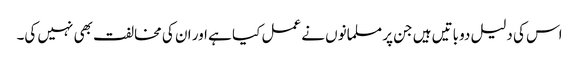
اس کی دلیل دو باتیں ہیں جن پر مسلمانوں نے عمل کیا ہے اور ان کی مخالفت بھی نہیں کی۔